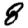
Digit: 8